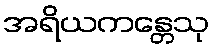
အရိယကန္တေသု